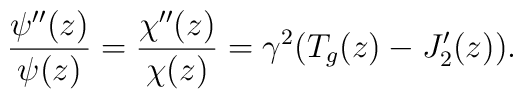
\frac{\psi''(z)}{\psi(z)}=\frac{\chi''(z)}{\chi(z)}=\gamma^2 (T_g(z)-J_2'(z)).